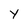
Character: Y